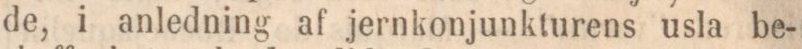
de, i anledning af jernkonjunkturens usla be-